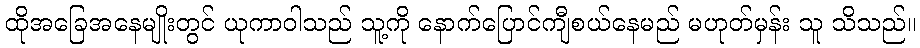
ထိုအခြေအနေမျိုးတွင် ယုကာဝါသည် သူ့ကို နောက်ပြောင်ကျီစယ်နေမည် မဟုတ်မှန်း သူ သိသည်။